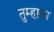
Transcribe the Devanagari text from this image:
तुम्‍हाला